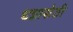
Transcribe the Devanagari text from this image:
धन्नासेठी